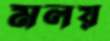
মলয়